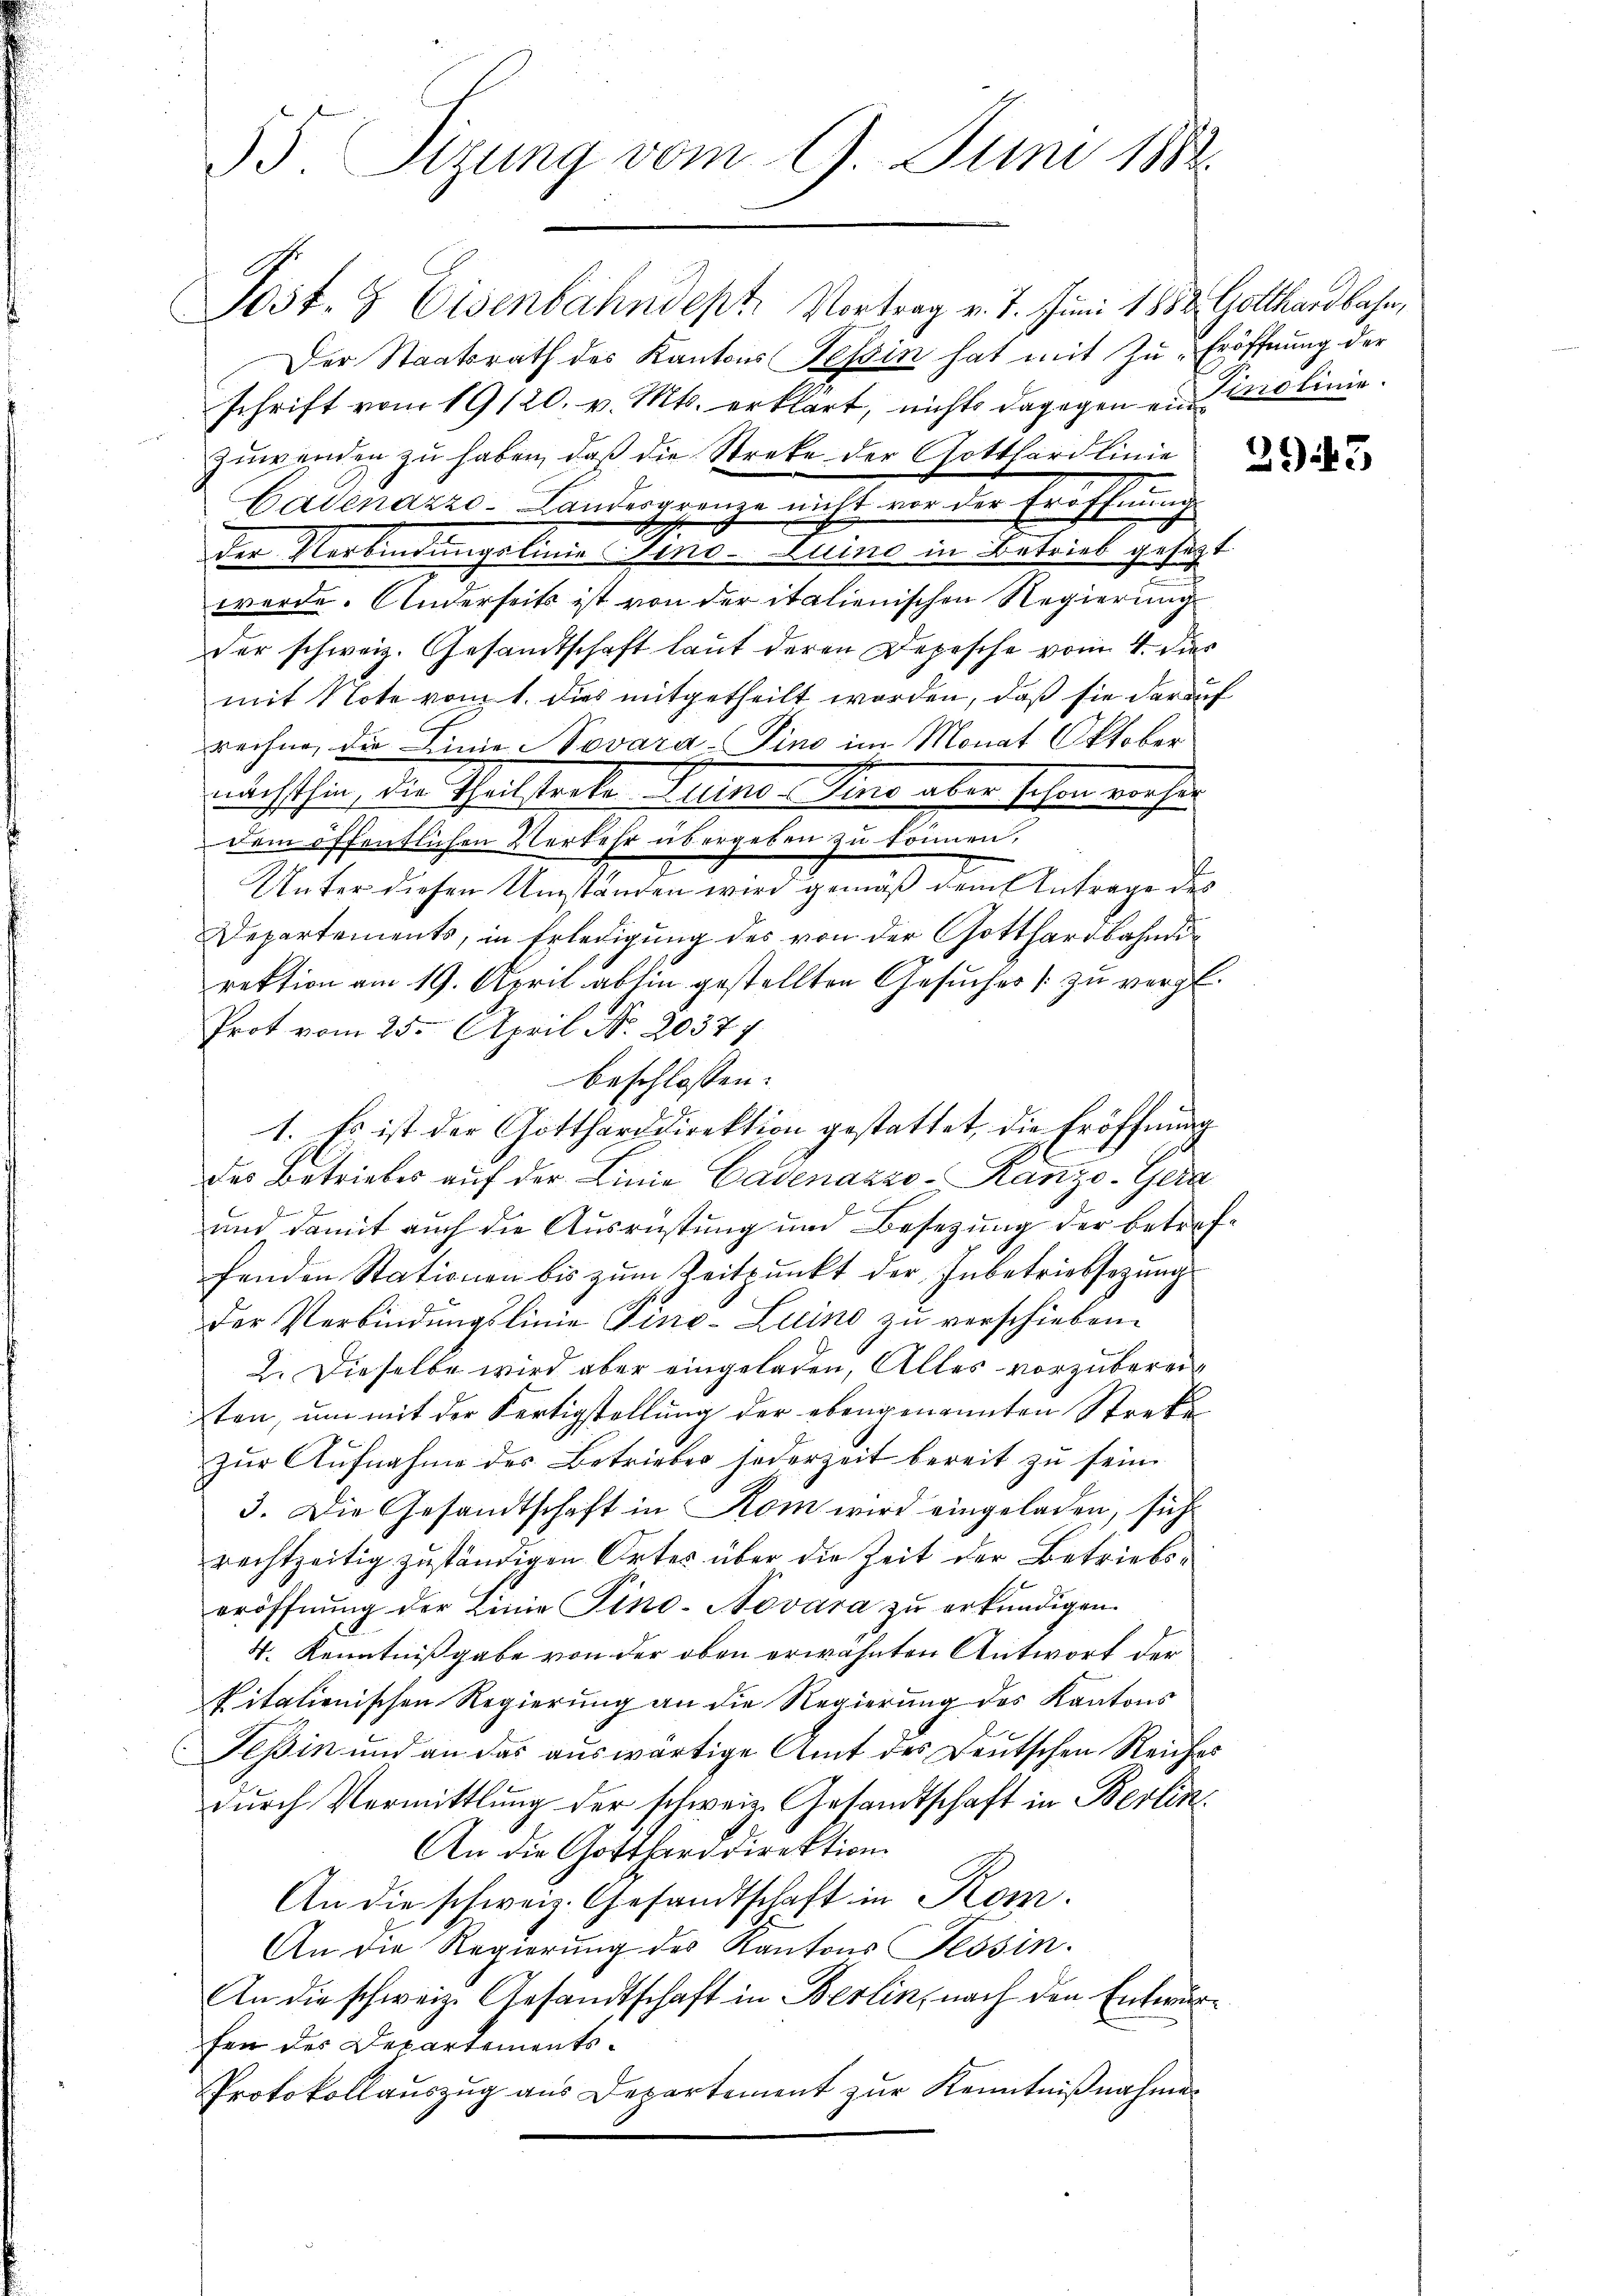
55. Sizung vom 9. Juni 1882

Post- & Eisenbahndept. Vortrag v. 7. Juni 1882 Gotthardbahn,
Der Staatsrath des Kantons Tessin hat mit Zŭ-Eröffnung der
schrift vom 19/20. v. Mts. erklärt, nichts dagegen ein Tirolinie.
zuwenden zŭ haben, daß die Streke der Gotthardlinie
Cadenazzo-Landesgrenze nicht vor der Eröffnung
der Verbindungslinie sino-Luino in Betrieb gesezt
werde. Anderseits ist von der italienischen Regierung
der schweiz. Gesandtschaft laut deren Depesche vom 4. dies
mit Note vom 1. dies mitgetheilt worden, daß sie darauf
rechne, die Linie Novara-Sind im Monat Oktober
nächsthin, die Theilterte Peter Seine aber schon mache
dem öffentlichen Verkehr übergeben zu können.
Unter diesen Umständen wird gemäß dem Antrage des
Departements, in Erledigung des von der Gotthardbahndirektion am 19. April abhin gestellten Gesucher zu vergl.
Prot vom 25. April Nr. 20377.
beschlossen:
1. Es ist der Gottharddirektion gestattet, die Eröffnung
des Betriebes auf der Linie Cadenazzo-Ranzo-Gera
und damit auch die Ausrüstung und Besetzung der betreffenden Stationen bis zum Zeitpunkt der Inbetriebsezung
der Verbindungslinie Pino-Luino zu verschieben.
2. Dieselbe wird aber eingeladen, Alles vorzubereiten, um mit der Fertigstellung der ebengenannten Streke
zur Aufnahme des Betrieber jederzeit bereit zu sein
3. Die Gesandtschaft in Rom wird eingeladen, sich
rechtzeitig zuständigen Ortes über die Zeit der Betriebseröffnŭng der Linie Tino-Novára zŭ erkundigen.
4. Kenntnißgabe von der oben erwähnten Antwort der
pitalienischen Regierung an die Regierung des Kantons
Tessin und an das auswärtige Amt des Deutschen Reiches
durch Vermittlung der schweiz. Gesandtschaft in Berlin¬
An die Gottharddirektion
An die schweiz. Gesandtschaft in Kom
An die Regierung des Kantons Tessin.
An die schweiz. Gesandtschaft in Berlin, nach den Enterurfen der Departements¬
Protokollauszug aus Departement zur Kenntnißnahmen